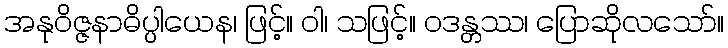
အနုဝိဇ္ဇနာဓိပ္ပါယေန၊ ဖြင့်။ ဝါ၊ သဖြင့်။ ဝဒန္တဿ၊ ပြောဆိုလသော်။